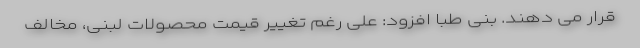
قرار می دهند. بنی طبا افزود: علی رغم تغییر قیمت محصولات لبنی، مخالف